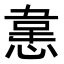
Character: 𭞈